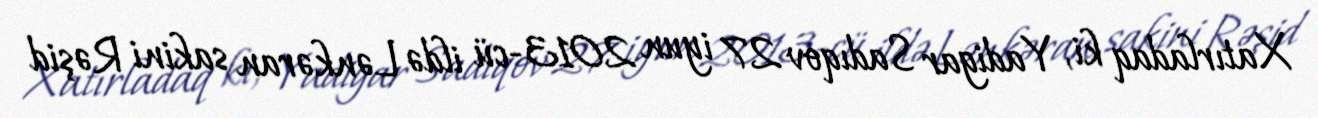
Xatırladaq ki, Yadigar Sadıqov 27 iyun 2013-cü ildə Lənkəran sakini Rəşid